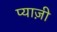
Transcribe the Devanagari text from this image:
प्याज़ी